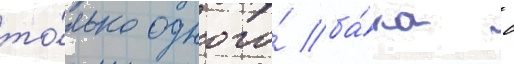
то́лько одного́ ба́ка с